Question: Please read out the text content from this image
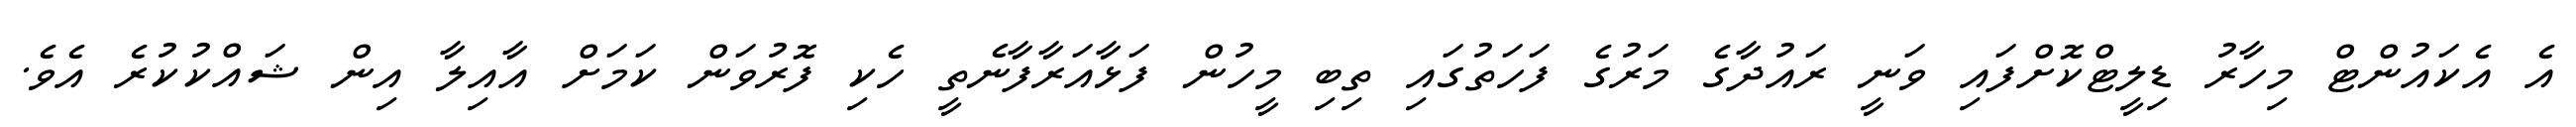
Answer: އެ އެކައުންޓް މިހާރު ޑިލީޓްކޮށްފައި ވަނީ ރައުދާގެ މަރުގެ ފަހަތުގައި ތިބި މީހުން ފަޅާއަރާފާނެތީ ހެކި ފޮރުވަން ކަމަށް އާއިލާ އިން ޝައްކުކުރެ އެވެ.